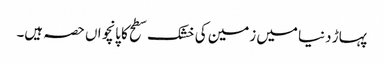
پہاڑ دنیا میں زمین کی خشک سطح کا پانچواں حصہ ہیں۔